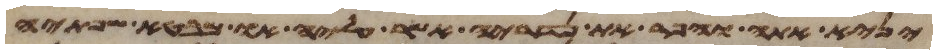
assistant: יניא אתה והפר את נדריה אשר עליה או מבטא שפתיה